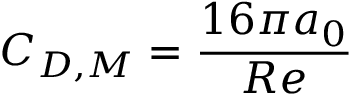
C _ { D , M } = \frac { 1 6 \pi a _ { 0 } } { R e }